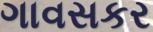
ગાવસકર